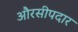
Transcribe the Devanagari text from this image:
औरसीपदार